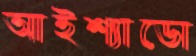
আইশ্যাডো